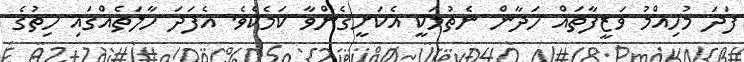
ފަދަ މުހިއްމު ވަޒީފާތައް ހަދާން ނެތުމަކީ އެކަށީގެންވާ ކަމެކެވެ. އެފަދަ ހާލަތެއްގައި ހިތުގެ